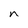
Character: n